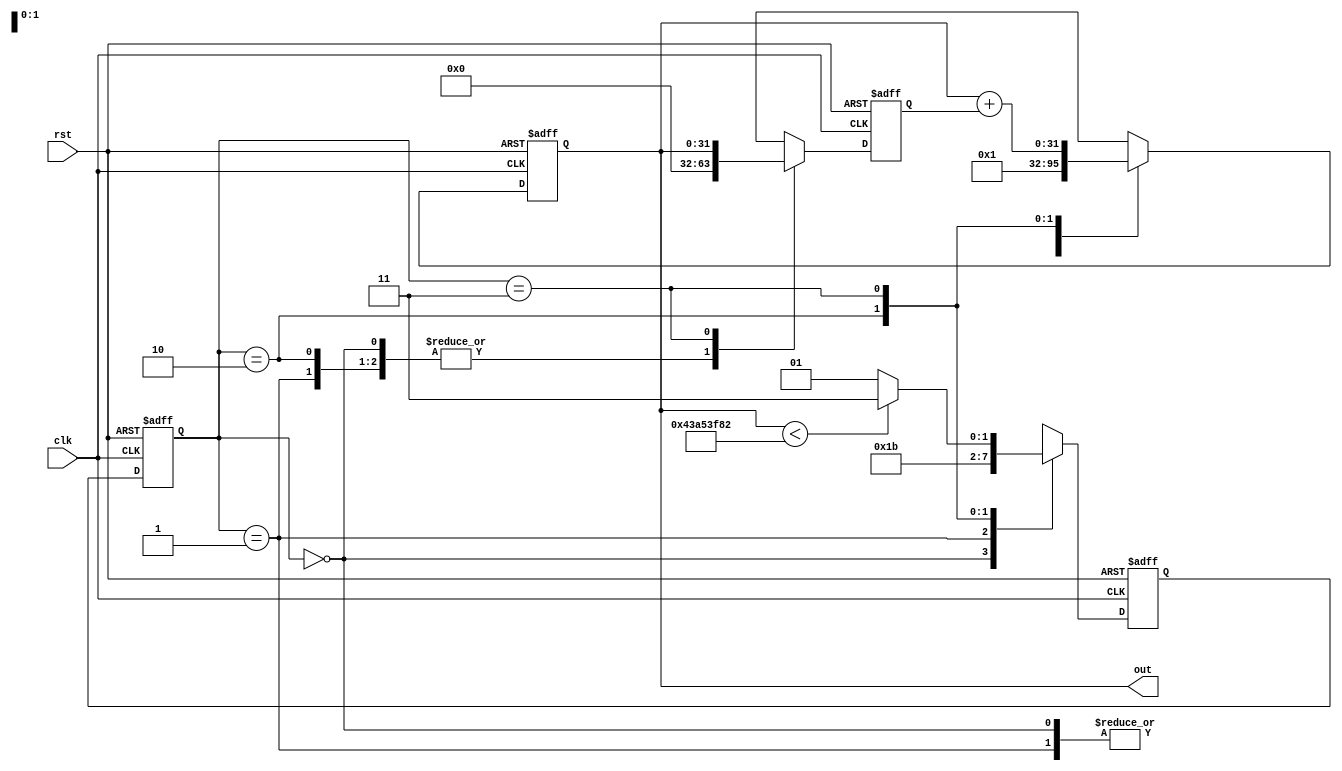
`timescale 1ns / 1ps
//////////////////////////////////////////////////////////////////////////////////
// Company: 
// Engineer: 
// 
// Design Name: 
// Module Name: fibonacci
// Project Name: 
// Target Devices: 
// Tool Versions: 
// Description: 
// 
// Dependencies: 
// 
// Revision:
// Revision 0.01 - File Created
// Additional Comments:
// 
//////////////////////////////////////////////////////////////////////////////////


module fibonacci
(
    input wire clk,
    input wire rst,
    output reg[31:0] out
);

//Internal Registers
reg[1:0] current_state;
reg[1:0] next_state;
reg[31:0] prev;

//State Parameters
parameter INIT                          = 2'd0;
parameter OUTPUT_ZERO                   = 2'd1;
parameter OUTPUT_ONE                    = 2'd2;
parameter ADD                           = 2'd3;

//Min-Max Parameters
parameter MAXIMUM_FIBONACCI_NUMBER      = 32'd1134903170; //Last Fibonacci Sequence for 32 bit unsigned before overflow

//State Logic
always @(posedge clk or posedge rst)
begin
    if (rst)
        current_state <= INIT;
    else
        current_state <= next_state;
end

//Next State Logic
always @(posedge clk or posedge rst)
begin
    if (rst)
        next_state <= INIT;
    else
        begin
            case (current_state)
                INIT:
                    next_state <= OUTPUT_ZERO;
                OUTPUT_ZERO:
                    next_state <= OUTPUT_ONE;
                OUTPUT_ONE:
                    next_state <= ADD;
                ADD:
                    begin
                        if (out < MAXIMUM_FIBONACCI_NUMBER)
                            next_state <= ADD;
                        else
                            next_state <= OUTPUT_ZERO;
                    end
                default:
                    next_state <= OUTPUT_ZERO;
            endcase
        end
end

//Output Logic
always @(posedge clk or posedge rst)
begin
    if (rst)
        begin
            out   <= 32'd0;
            prev  <= 32'd0;
        end
    else
        begin
            case (current_state)
                INIT:
                    begin
                        out   <= 32'd0;
                        prev  <= 32'd0;
                    end
                OUTPUT_ZERO:
                    begin
                        out   <= 32'd0;
                        prev  <= 32'd0;
                    end
                OUTPUT_ONE:
                    begin
                        out   <= 32'd1;
                        prev  <= 32'd0;
                    end
                ADD:
                    begin
                        out   <= out + prev;
                        prev  <= out;
                    end
                default:
                    begin
                        out   <= out;
                        prev  <= prev;
                    end
            endcase
        end
end

endmodule